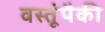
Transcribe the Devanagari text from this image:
वस्तूंपैकी